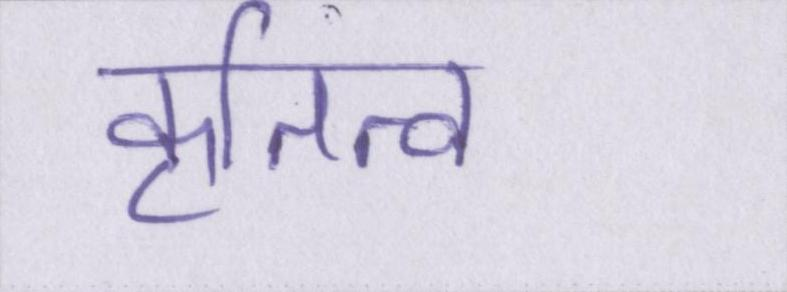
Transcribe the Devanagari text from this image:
कृतित्व